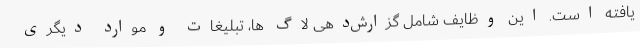
یافته است. این وظایف شامل گزارش‌دهی لاگ ها، تبلیغات و موارد دیگری